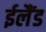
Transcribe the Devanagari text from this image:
ईलैंड